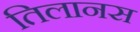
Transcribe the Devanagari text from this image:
तिलानस